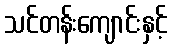
သင်တန်းကျောင်းနှင့်